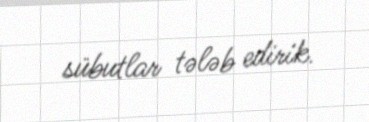
sübutlar tələb edirik.